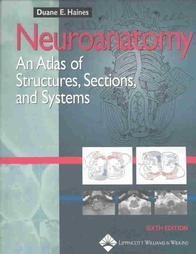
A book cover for Neuroanatomy An Atlas of Structures, Sections, and Systems 6th Edition (Sixth Edition); Duane E. Haines; Medical Books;